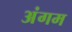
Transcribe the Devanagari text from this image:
अंगम